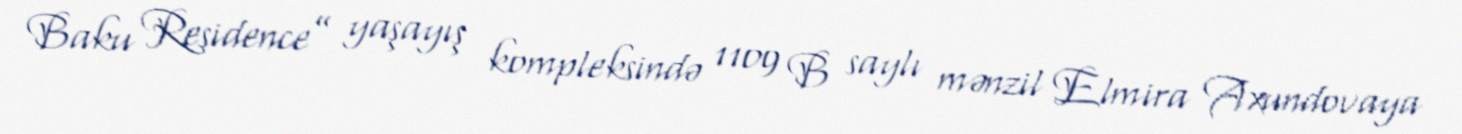
Baku Residence” yaşayış kompleksində 1109 B saylı mənzil Elmira Axundovaya